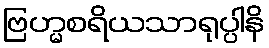
ဗြဟ္မစရိယသာရုပ္ပါနိ